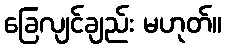
ခြေလျင်ချည်း မဟုတ်။